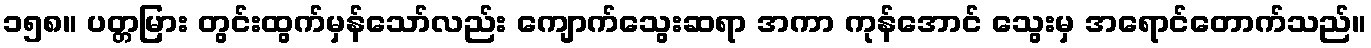
၁၅၈။ ပတ္တမြား တွင်းထွက်မှန်သော်လည်း ကျောက်သွေးဆရာ အကာ ကုန်အောင် သွေးမှ အရောင်တောက်သည်။